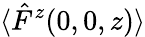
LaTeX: \langle\hat{F}^{z}(0,0,z)\rangle